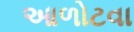
આળોટવા